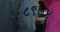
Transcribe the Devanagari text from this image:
८९७४